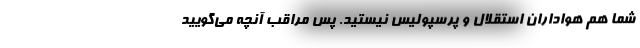
شما هم هواداران استقلال و پرسپولیس نیستید. پس مراقب آنچه می‌گویید